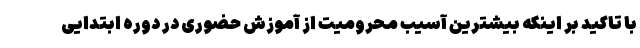
با تاکید بر اینکه بیشترین آسیب محرومیت از آموزش حضوری در دوره ابتدایی